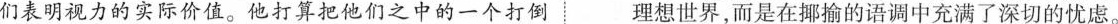
们表明视力的实际价值。他打算把他们之中的一个打倒理想世界，而是在揶揄的语调中充满了深切的忧虑。